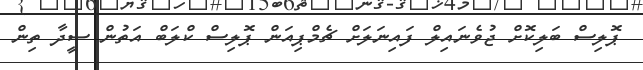
ޕޮލިސް ބަލިކޮށް ޖުވެނައިލް ފައިނަލަށް ޗެމްޕިއަން ޕޮލިސް ކްލަބް އަތުން ސީދާ ތިން